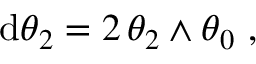
\begin{array} { r } { \mathrm { d } \theta _ { 2 } = 2 \, \theta _ { 2 } \wedge \theta _ { 0 } \ , } \end{array}